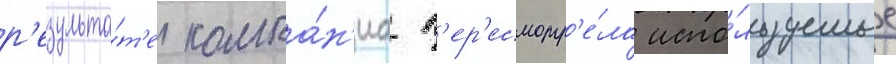
р'езульта́т'е компа́н'иа п'ер'есмотр'е́ла испо́льзуемые